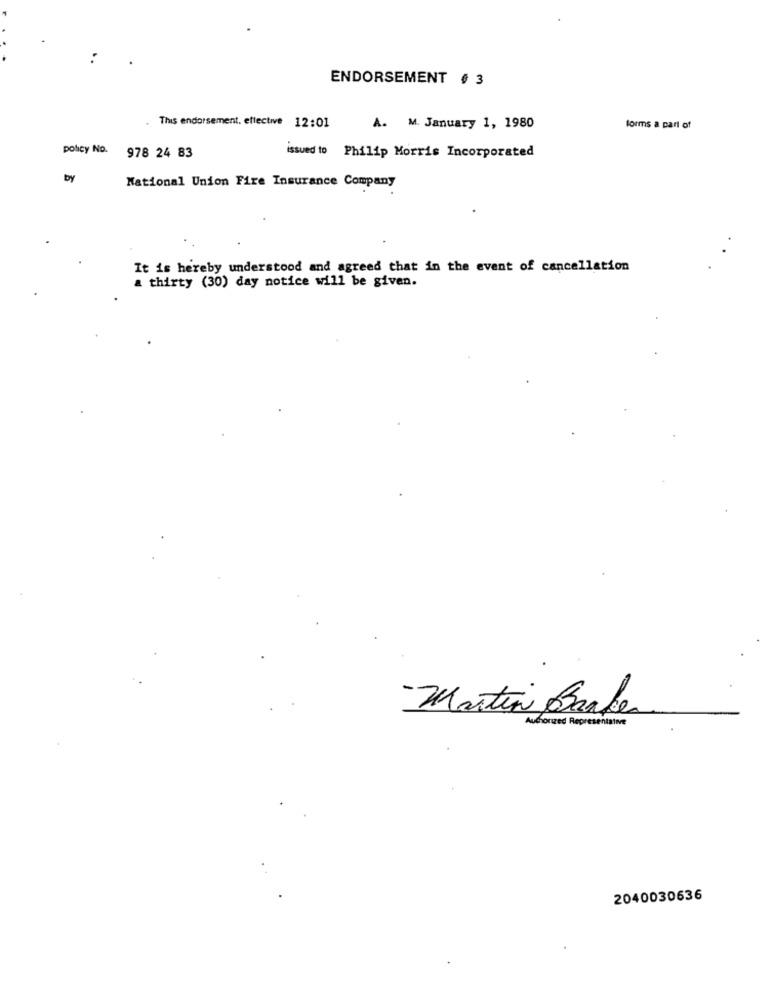
ENDORSEMENT # 3
. This endorsement. effective 12:01
A. M. January 1, 1980
forms a part of
policy No.
978 24 83
issued to Philip Morris Incorporated
by
National Union Fire Insurance Company
It is hereby understood and agreed that in the event of cancellation
a thirty (30) day notice will be given.
Martin Banker
Authorized Representatore
2040030636